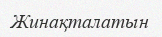
Жинақталатын